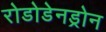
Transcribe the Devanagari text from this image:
रोडोडेनड्रोन